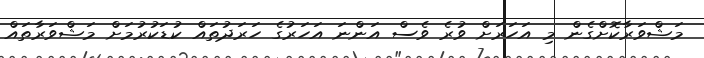
މަޝްވަރާކޮށްގެން މި އަހަރަށް ވުރެ ވެސް އަންނަ އަހަރުގެ ހަރަދުތައް ކުޑަކުރުމަށް މަޝްވަރާތައް